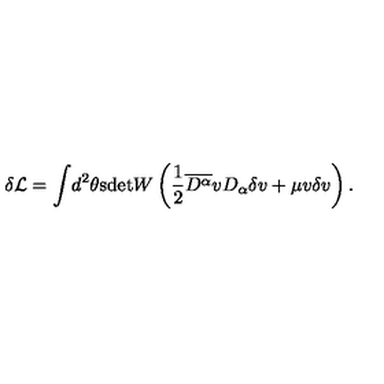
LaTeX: \delta \mathcal { L } = \int \! d ^ { 2 } \theta \mathrm { s d e t } W \left( \frac { 1 } { 2 } \overline { { D ^ { \alpha } } } v D _ { \alpha } \delta v + \mu v \delta v \right) .